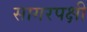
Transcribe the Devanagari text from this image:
सागरपक्षी